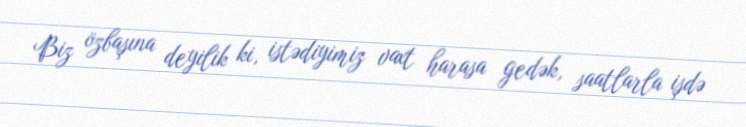
Biz özbaşına deyilik ki, istədiyimiz vaxt harasa gedək, saatlarla işdə